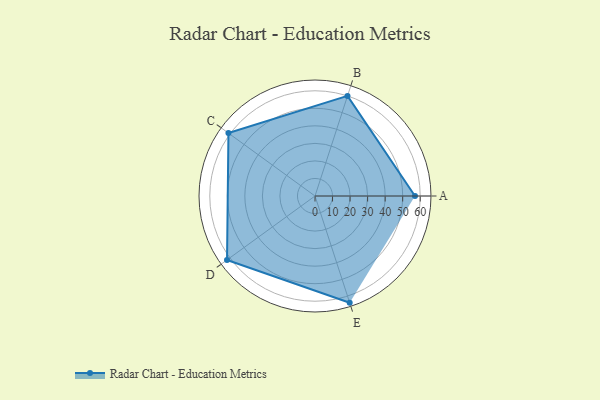
{"axis": {"x": "Skill", "y": "Score"}, "legend": ["Profile"], "data": [{"x": "A", "y": 57.0, "type": "Profile"}, {"x": "B", "y": 60.0, "type": "Profile"}, {"x": "C", "y": 61.0, "type": "Profile"}, {"x": "D", "y": 62.0, "type": "Profile"}, {"x": "E", "y": 64.0, "type": "Profile"}]}